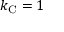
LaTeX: k _ { \mathrm { { C } } } = 1